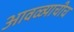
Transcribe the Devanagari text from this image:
आवळ्याचीच